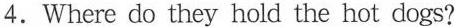
4.Where do they hold the hot dogs?